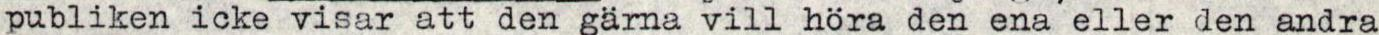
publiken icke visar att den gärna vill höra den ena eller den andra